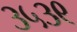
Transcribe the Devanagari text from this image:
३५३९